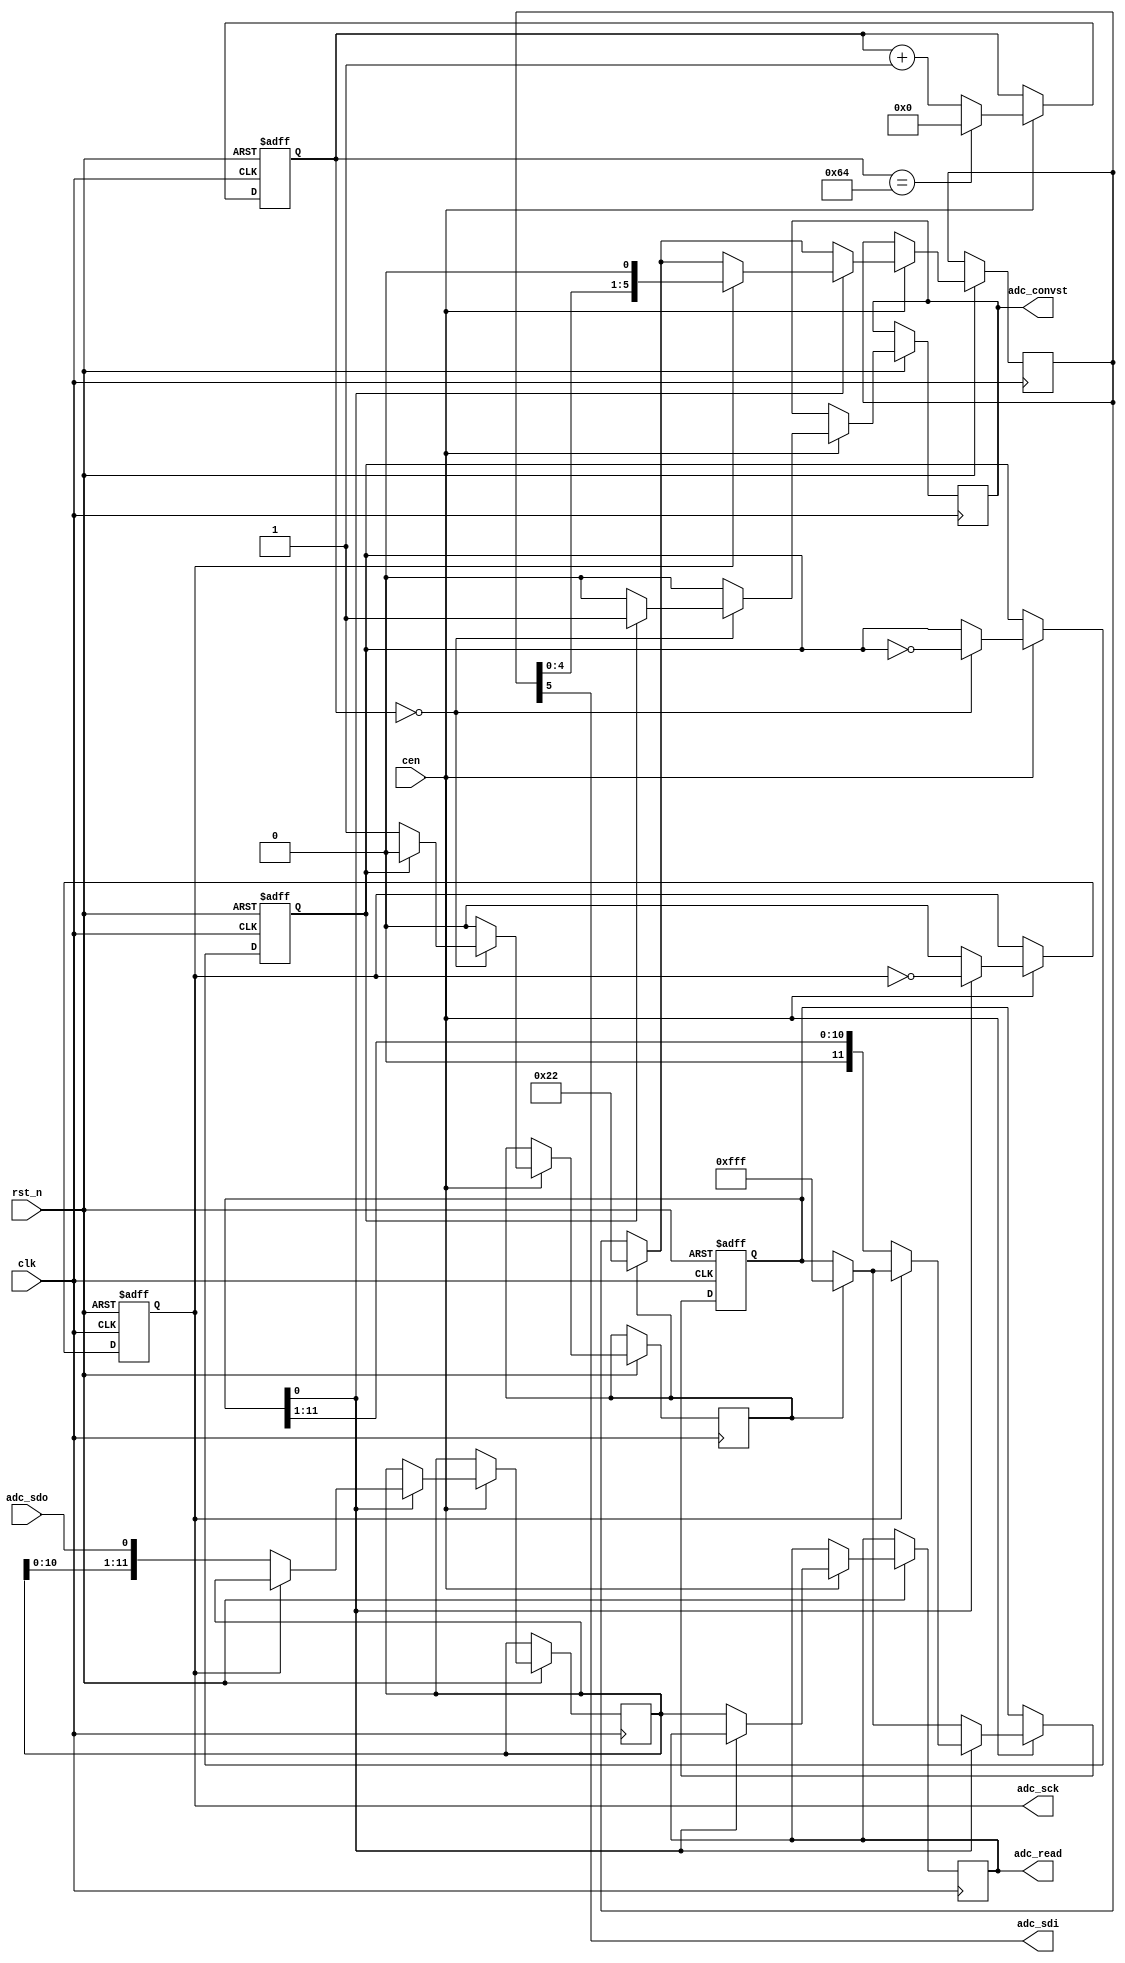
// This program was cloned from: https://github.com/jotego/jtcores
// License: GNU General Public License v3.0

/*  This file is part of JTFRAME.
    JTFRAME program is free software: you can redistribute it and/or modify
    it under the terms of the GNU General Public License as published by
    the Free Software Foundation, either version 3 of the License, or
    (at your option) any later version.

    JTFRAME program is distributed in the hope that it will be useful,
    but WITHOUT ANY WARRANTY; without even the implied warranty of
    MERCHANTABILITY or FITNESS FOR A PARTICULAR PURPOSE.  See the
    GNU General Public License for more details.

    You should have received a copy of the GNU General Public License
    along with JTFRAME.  If not, see <http://www.gnu.org/licenses/>.

    Author: Jose Tejada Gomez. Twitter: @topapate
    Version: 1.0
    Date: 2-4-2019 */

// Driver for LTC2308 ADC

module jtframe_2308(
    input             rst_n,
    input             clk,
    input             cen,        // CEN+CLK < 40MHz
    // ADC control
    input             adc_sdo,
    output reg        adc_convst,
    output reg        adc_sck,
    output            adc_sdi,
    // ADC read data
    output reg [11:0] adc_read
);

parameter ADC_PIN  = 2'b00;
parameter DIV_MAX  = 8'd100;  // frequency divider to get sampling rate

wire [1:0] adc_pin = ADC_PIN;
wire [7:0] div_max = DIV_MAX;

wire [5:0] cfg = { 
    1'b1,   // single ended
    1'b0,   // odd
    adc_pin,
    1'b1,   // unipolar
    1'b0    // sleep
};

// Input frequency divider
reg [7:0] div;

always @(posedge clk or negedge rst_n)
    if(!rst_n) begin
        div <= 8'd0;
    end else if(cen) begin
        div <= div == div_max ? 8'd0 : div+8'd1;
    end

// state machine
// 0 = send CFG
// 1 = read value
reg state;
reg set_cfg;

always @(posedge clk or negedge rst_n)
    if(!rst_n) begin
        state <= 1'b0;
    end else if(cen) begin
        set_cfg  <= 1'b0;
        adc_convst <= 1'b0;

        if( div==8'd0 ) begin
            state <= ~state;
            if( state==1'b0 )
                set_cfg <= 1'b1;
            else
                adc_convst <= 1'b1;
        end        
    end

// Send data
reg  [11:0] scnt, readbuf;
reg  [ 5:0] cfg_sr;

assign adc_sdi = cfg_sr[5];

always @(posedge clk or negedge rst_n)
    if(!rst_n) begin
        scnt    <= 'b0;
        adc_sck <= 1'b0;
    end else if(cen) begin
        if( set_cfg ) begin
            scnt  <= ~12'd0;
            cfg_sr <= cfg;
        end
        if( scnt[0] ) begin
            adc_sck <= ~adc_sck;
            // if(toggle) scnt    <= { 1'b0, scnt[11:1] };
            if(  adc_sck ) { cfg_sr } <= { cfg_sr[4:0], 1'b0 };
            if( !adc_sck ) begin
                readbuf <= { readbuf[10:0], adc_sdo };
                scnt    <= { 1'b0, scnt[11:1] };
            end
        end
        else begin
            adc_read <= readbuf;
            adc_sck  <= 1'b0;
        end
    end

endmodule // jtframe_2308